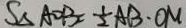
S _ { \Delta A O B } = \frac { 1 } { 2 } A B \cdot O M